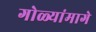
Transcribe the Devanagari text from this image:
गोळ्यांमागे